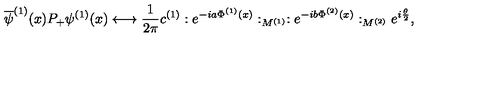
\overline { { \psi } } ^ { ( 1 ) } ( x ) P _ { + } \psi ^ { ( 1 ) } ( x ) \longleftrightarrow \frac { 1 } { 2 \pi } c ^ { ( 1 ) } : e ^ { - i a \Phi ^ { ( 1 ) } ( x ) } : _ { M ^ { ( 1 ) } } : e ^ { - i b \Phi ^ { ( 2 ) } ( x ) } : _ { M ^ { ( 2 ) } } e ^ { i \frac { \theta } { 2 } } ,